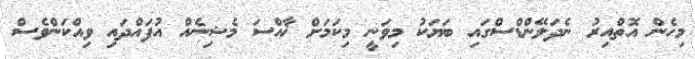
މިހެން އޮތްއިރު ނެދަލޭންޑްސްގައި ބަޔަކު މިވަނީ މިކަމަށް ޚާއްސަ މެޝިނެއް އުފައްދައި ވިއްކަންވެސް